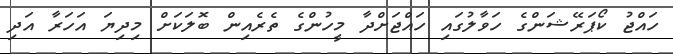
ހައްޖު ކޯޕަރޭޝަންގެ ހަވާލުގައި ހައްޖަށްދާ މީހުންގެ ތެރެއިން ބޮލަކަށް މިދިޔަ އަހަރާ އަދި